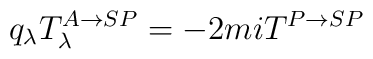
q_\lambda T^{A\rightarrow SP}_\lambda =-2miT^{P\rightarrow SP}